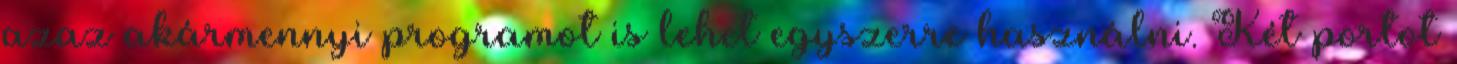
azaz akármennyi programot is lehet egyszerre használni. Két portot